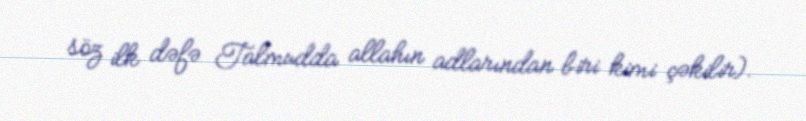
söz ilk dəfə Talmudda allahın adlarından biri kimi çəkilir).